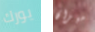
يورك ميزان